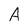
Character: A